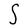
Character: S